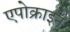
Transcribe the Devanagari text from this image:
एपोक्राइन